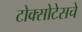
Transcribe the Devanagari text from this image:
टोक्सोटेसचे